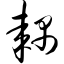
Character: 耦